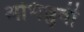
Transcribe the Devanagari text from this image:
अभिध्रुवी